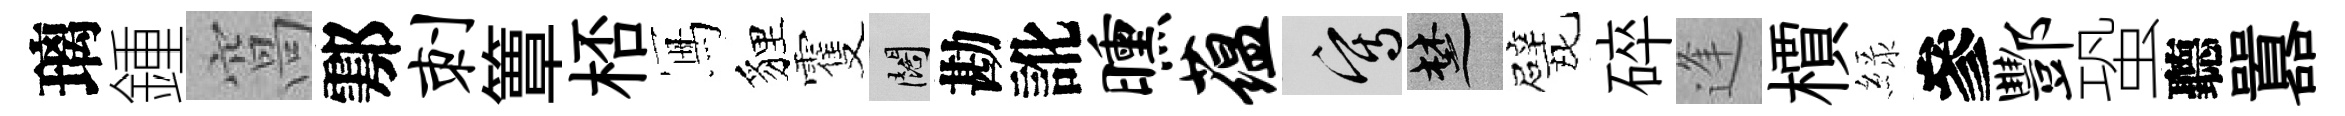
璃鍾窩鄠刺簟桮冩貍䨥闊勘訛曛蕴寫楚戏碎逢檟緑參酆蛩聽囂